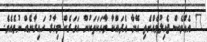
" އެއްވެސް ޖެހިލުމެއްނެތި އޭނާ އެދައްކާ ވާހަކަތަކުން އަހަރެން މިހާރު ހައިރާނެއް ނުވެއެވެ.